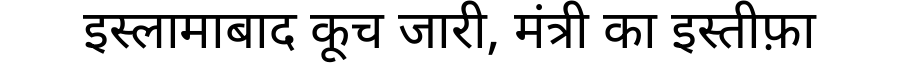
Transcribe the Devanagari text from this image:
इस्लामाबाद कूच जारी, मंत्री का इस्तीफ़ा